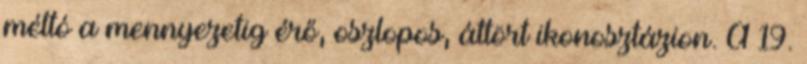
méltó a mennyezetig érő, oszlopos, áttört ikonosztázion. A 19.